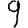
Digit: 9